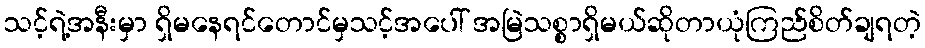
သင့်ရဲ့အနီးမှာ ရှိမနေရင်တောင်မှသင့်အပေါ် အမြဲသစ္စာရှိမယ်ဆိုတာယုံကြည်စိတ်ချရတဲ့